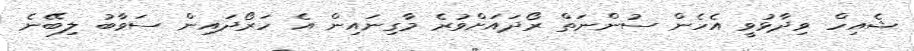
ޝެއިހް ވިދާޅުވީ އެހެން ސުންނަތް ރޯދައަށްވުރެ މާގިނައިން އެ ހަރޯދައިން ސަވާބު ލިބޭނެ